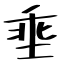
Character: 埀